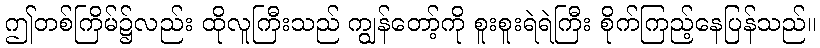
ဤတစ်ကြိမ်၌လည်း ထိုလူကြီးသည် ကျွန်တော့်ကို စူးစူးရဲရဲကြီး စိုက်ကြည့်နေပြန်သည်။